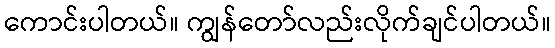
ကောင်းပါတယ်။ ကျွန်တော်လည်းလိုက်ချင်ပါတယ်။